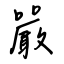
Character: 嚴